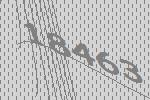
18463